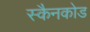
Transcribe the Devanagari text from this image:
स्कैनकोड